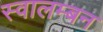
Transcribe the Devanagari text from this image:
स्वालम्बन